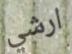
ارشي